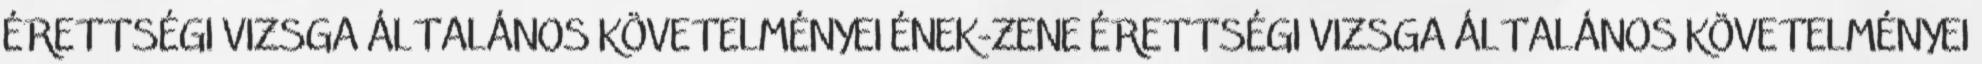
ÉRETTSÉGI VIZSGA ÁLTALÁNOS KÖVETELMÉNYEI ÉNEK-ZENE ÉRETTSÉGI VIZSGA ÁLTALÁNOS KÖVETELMÉNYEI